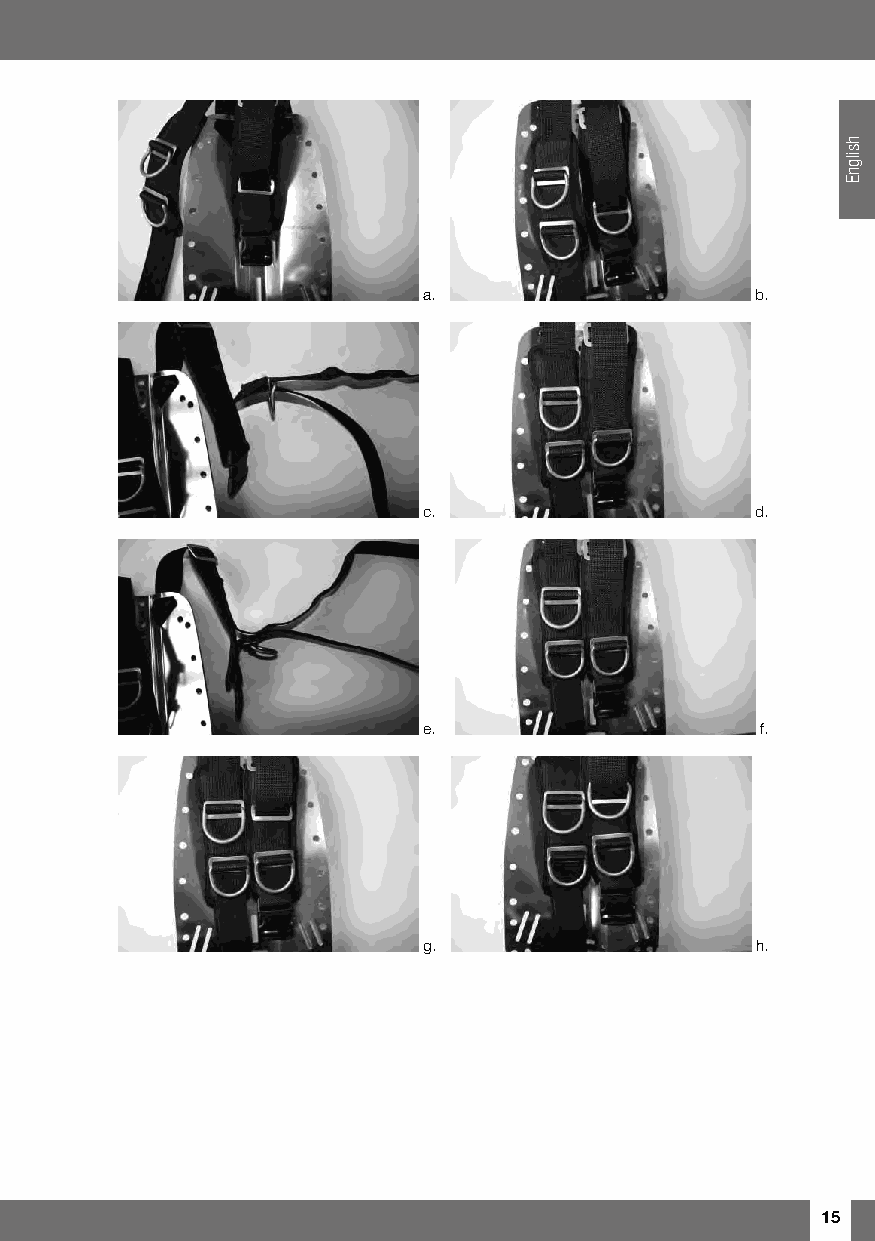
a.                    b.
 c.                    d.
 e.                    f.
 g.                    h.
 15
 hsilgnE